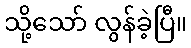
သို့သော် လွန်ခဲ့ပြီ။